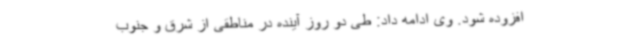
افزوده شود. وی ادامه داد: طی دو روز آینده در مناطقی از شرق و جنوب